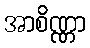
အာစိဏ္ဏာ